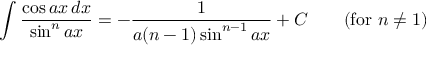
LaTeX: \int { \frac { \cos a x \, d x } { \sin ^ { n } a x } } = - { \frac { 1 } { a ( n - 1 ) \sin ^ { n - 1 } a x } } + C \qquad { \mathrm { ( f o r ~ } } n \neq 1 { \mathrm { ) } }